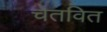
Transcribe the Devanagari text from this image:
चेतवित